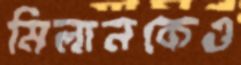
মিলানকেও